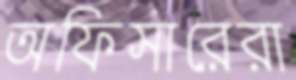
অফিসারেরা